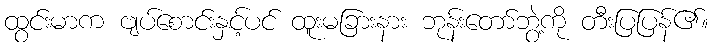
ထွင်းမာက ဗျပ်စောင်းနှင့်ပင် ထူးမခြားနား ဘုန်းတော်ဘွဲ့ကို တီးပြပြန်၏။